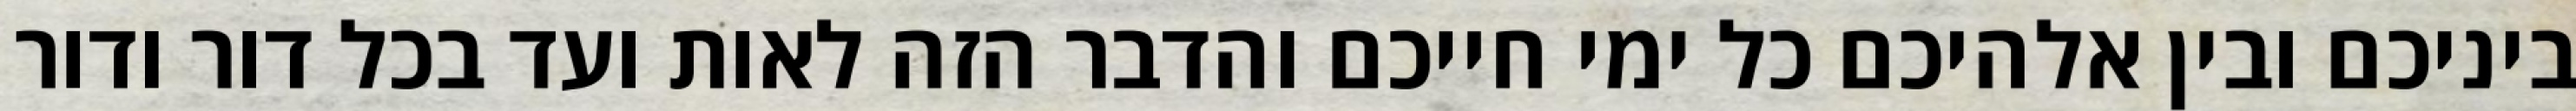
ביניכם ובין אלהיכם כל ימי חייכם והדבר הזה לאות ועד בכל דור ודור